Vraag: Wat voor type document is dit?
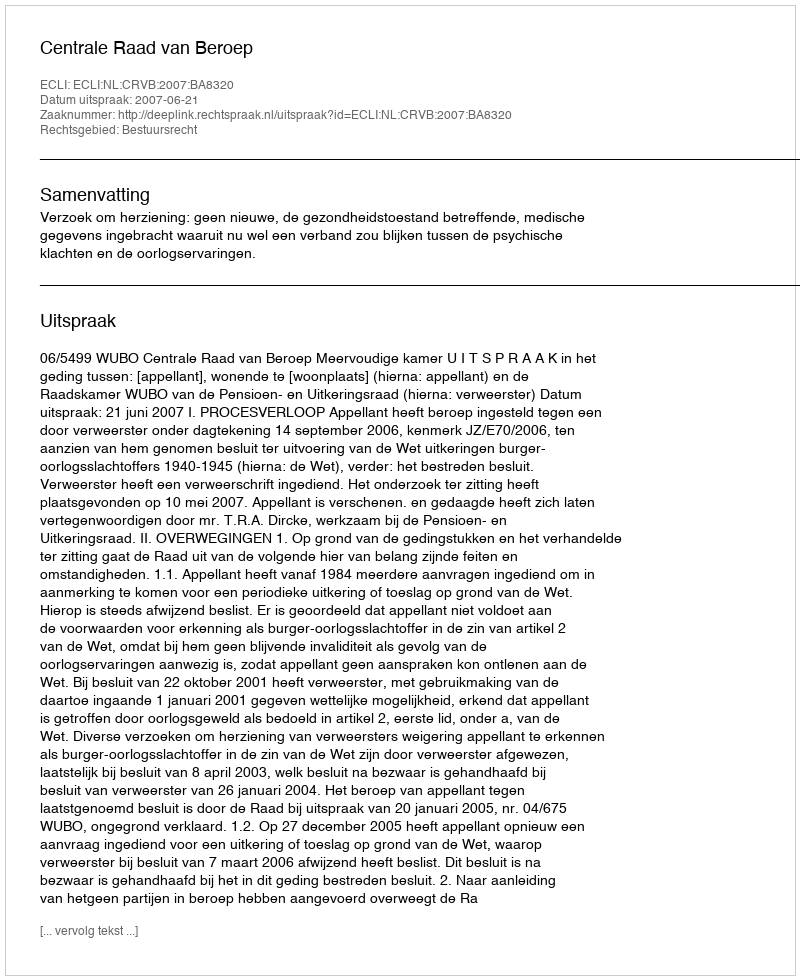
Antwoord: Uitspraak